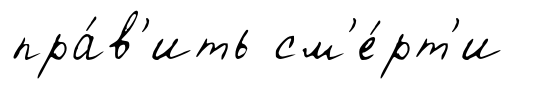
пра́в'ить см'е́рт'и